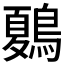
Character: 𪄂